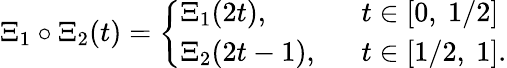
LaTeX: \Xi_{1}\circ\Xi_{2}(t)=\left\{ \begin{array}{ll}{{\Xi_{1}(2t),}}&{{t\in[0,\ 1/2]}}\\ {{\Xi_{2}(2t-1),\ \ }}&{{t\in[1/2,\ 1].}}\end{array}\right.